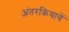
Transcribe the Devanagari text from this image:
अंतरक्रियायें